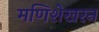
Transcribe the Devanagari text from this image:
मणिशेखरन